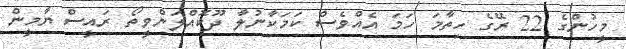
މީހުންގެ 22 ރޭގެ ހިތާމަ ހަމަ އެއްވެސް ކަމަކާނުލާ ދޫކޮއްލަންވީތޯ ރައީސް ޔާމީން